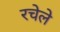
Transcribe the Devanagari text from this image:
रचेले